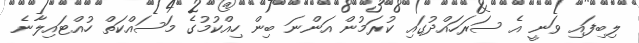
ލިބިފައި ވަނީ އެ ސަރަހައްދުގައި ކުރަމުން އަންނަ ބިން ހިއްކުމުގެ މަސައްކަތް ހުއްޓައިލާނެ